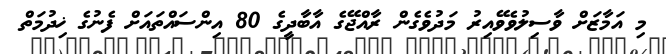
މި އަމާޒަށް ވާސިލުވެވޭއިރު މަދުވެގެން ރާއްޖޭގެ އާބާދީގެ 80 އިންސައްތައަށް ފެނުގެ ޚިދުމަތް